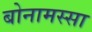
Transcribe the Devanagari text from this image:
बोनामस्सा